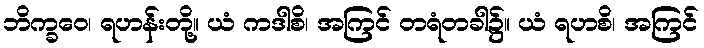
ဘိက္ခဝေ၊ ရဟန်းတို့။ ယံ ကဒါစိ၊ အကြင် တရံတခါ၌။ ယံ ရဟစိ၊ အကြင်